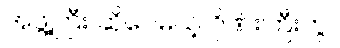
အဖွဲ့ကြီး ဆိုပေမယ့် ဂိုဏ်းကြီးကွ။